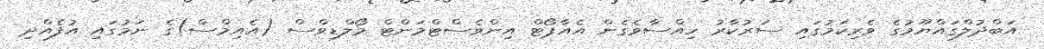
އަބްދުލްގައްޔޫމުގެ ވެރިކަމުގައި ސަރުކާރު ހިއްސާވެގެން އެއާޕޯޓް އިންވެސްޓްމަންޓް މޯލްޑިވްސް (އެއިމްސް)ގެ ނަމުގައި އުފެއްދި